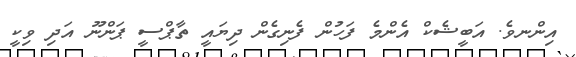
އިންނވެ. އަބީޝެކް އެންމެ ފަހުން ފެނިގެން ދިޔައީ ތާޕްސީ ޕަންނޫ އަދި ވިކީ